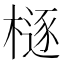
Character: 㯌